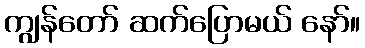
ကျွန်တော် ဆက်ပြောမယ် နော်။